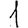
Digit: 1